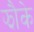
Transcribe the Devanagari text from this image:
झौके